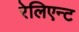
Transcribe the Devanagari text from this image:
रेलिएन्ट